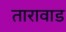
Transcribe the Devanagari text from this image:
तारावाड